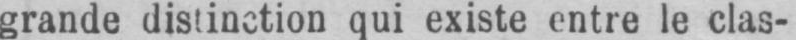
qui existe entre le clas-